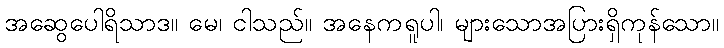
အဆွေပေါရိသာဒ။ မေ၊ ငါသည်။ အနေကရူပါ၊ များသောအပြားရှိကုန်သော။